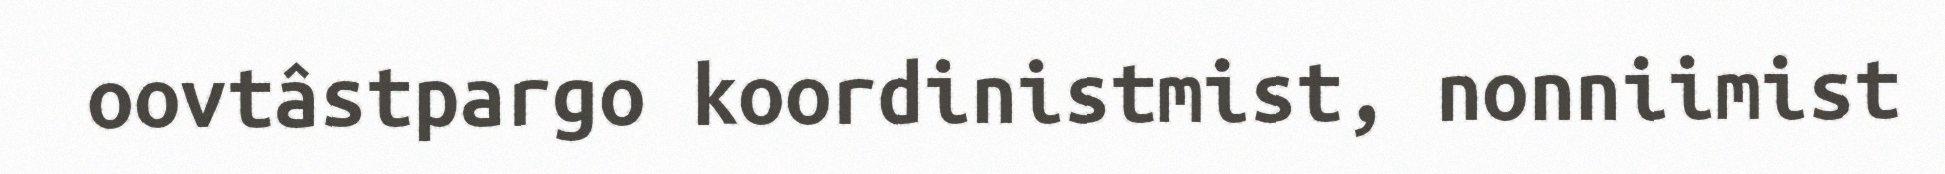
oovtâstpargo koordinistmist, nonniimist